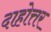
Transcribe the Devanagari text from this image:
दाहोत्तर